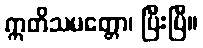
ဣတိသမတ္တော၊ ပြီးပြီ။